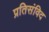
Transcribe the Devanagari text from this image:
प्रतिसंविद